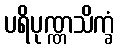
ပရိပုဏ္ဏသိက္ခံ